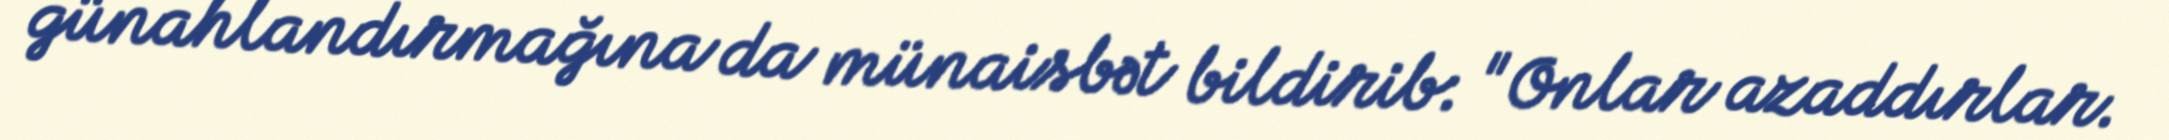
günahlandırmağına da münaisbət bildirib: "Onlar azaddırlar.